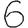
Digit: 6